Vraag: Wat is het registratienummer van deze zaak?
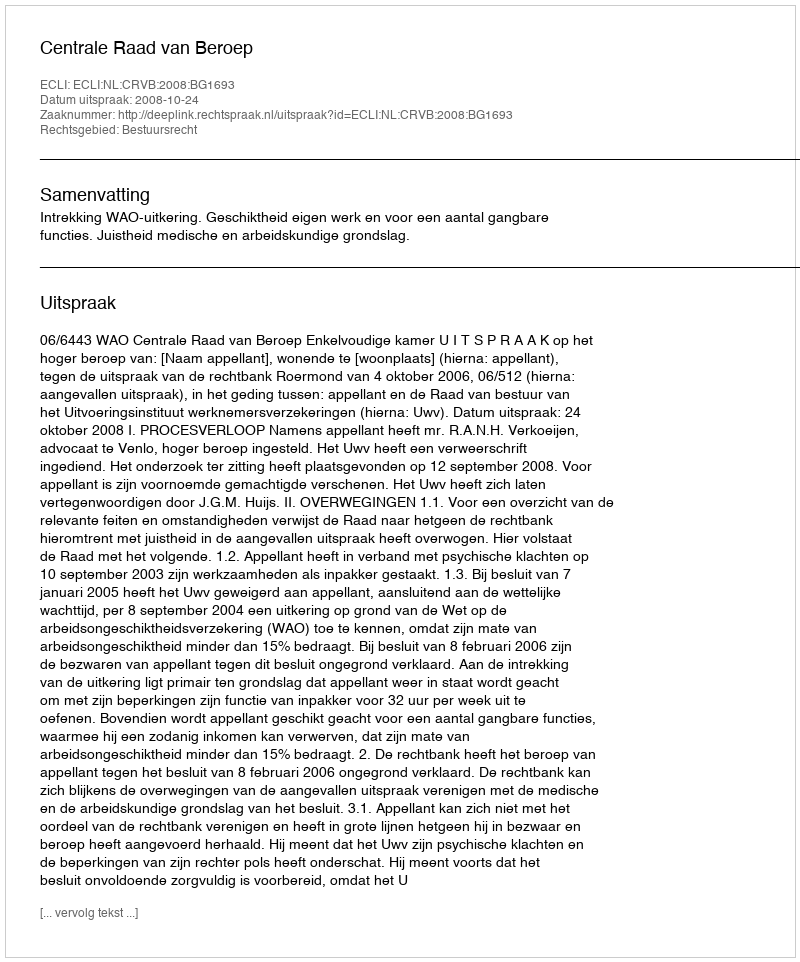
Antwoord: http://deeplink.rechtspraak.nl/uitspraak?id=ECLI:NL:CRVB:2008:BG1693